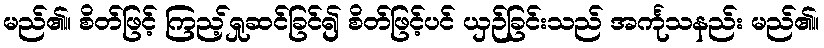
မည်၏။ စိတ်ဖြင့် ကြည့်ရှုဆင်ခြင်၍ စိတ်ဖြင့်ပင် ယှဉ်ခြင်းသည် အင်္ကုသနည်း မည်၏။